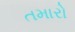
તમારો